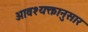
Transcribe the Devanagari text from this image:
आवश्यक्तानुसार